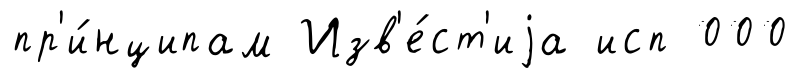
пр'и́нципам Изв'е́ст'иjа исп 000